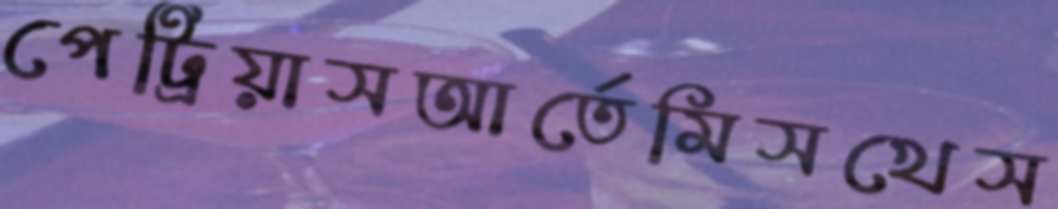
পেট্রিয়াসআর্তেমিসখেস